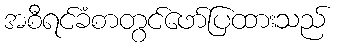
အစီရင်ခံစာတွင်ဖော်ပြထားသည်